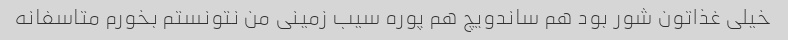
خیلی غذاتون شور بود هم ساندویچ هم پوره سیب زمینی من نتونستم بخورم متاسفانه